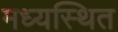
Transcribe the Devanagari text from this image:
मध्यस्थित